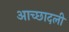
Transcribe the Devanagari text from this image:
आच्छादली